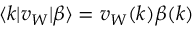
\langle k | v _ { W } | \beta \rangle = v _ { W } ( k ) \beta ( k )